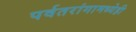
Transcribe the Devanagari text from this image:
पर्वतरांगामध्येही